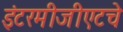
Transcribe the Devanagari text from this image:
इंटरमीजीएटचे